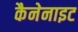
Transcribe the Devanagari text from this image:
कैनेनाइट